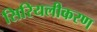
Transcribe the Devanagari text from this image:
सिरियलीकरण